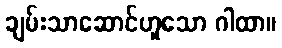
ချမ်းသာဆောင်ဟူသော ဂါထာ။